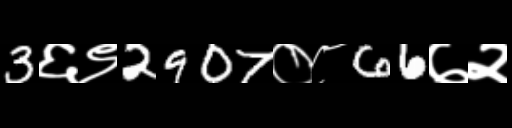
Text: 3६९2907०८66७२